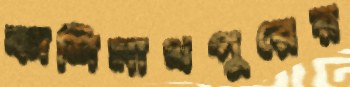
কাশিনাথপুরের